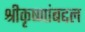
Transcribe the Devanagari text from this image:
श्रीकृष्णांबद्दल